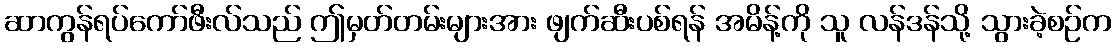
ဆာကွန်ရပ်ကော်ဖီးလ်သည် ဤမှတ်တမ်းများအား ဖျက်ဆီးပစ်ရန် အမိန့်ကို သူ လန်ဒန်သို့ သွားခဲ့စဉ်က